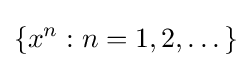
\{x^{n}:n=1,2,\dotsc \}